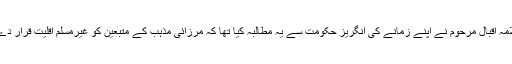
انہی مظالم کی بناء پر تمام مسلمانوں اور مصور پاکستان علامہ اقبال مرحوم نے اپنے زمانے کی انگریز حکومت سے یہ مطالبہ کیا تھا کہ مرزائی مذہب کے متبعین کو غیرمسلم اقلیت قرار دے کر انہیں مسلمانوں کے جسد ملی سے علیحدہ کر دیا جائے۔